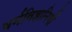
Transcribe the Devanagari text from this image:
धर्मविज्ञानियों